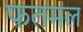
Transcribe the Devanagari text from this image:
फतमल